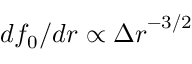
d f _ { 0 } / d r \propto { \Delta r } ^ { - 3 / 2 }